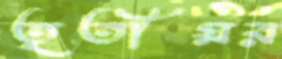
তৃতীয়র